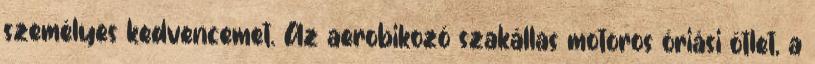
személyes kedvencemet. Az aerobikozó szakállas motoros óriási ötlet, a